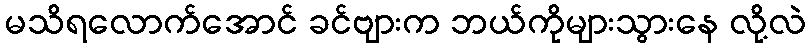
မသိရလောက်အောင် ခင်ဗျားက ဘယ်ကိုများသွားနေ လို့လဲ